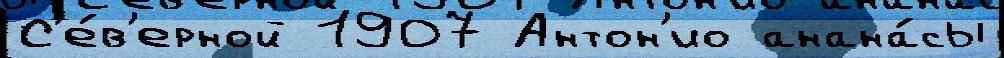
С'е́в'ерной 1907 Антон'ио анана́сы